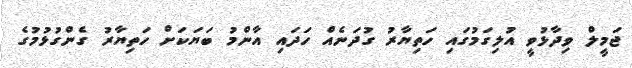
ޖަމީލް ވިދާޅުވީ އުލިގަމުގައި ހަތިޔާރު ގުދަނެއް ހަދައި އާންމު ބަޔަކަށް ހަތިޔާރު ގެންގުޅުމުގެ